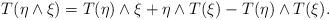
LaTeX: \begin{align*}T(\eta \wedge \xi) = T(\eta) \wedge \xi + \eta \wedge T(\xi) - T(\eta)\wedge T(\xi).\end{align*}